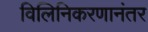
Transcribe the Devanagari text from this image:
विलिनिकरणानंतर